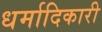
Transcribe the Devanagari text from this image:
धर्मादिकारी